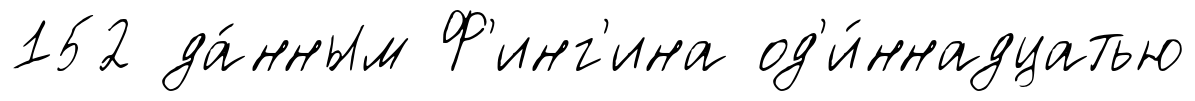
152 да́нным Ф'инг'ина од'и́ннадцатью